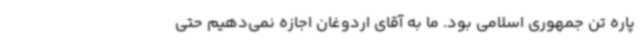
پاره تن جمهوری اسلامی بود. ما به آقای اردوغان اجازه نمی‌دهیم حتی